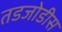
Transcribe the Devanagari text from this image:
तडजोडीस